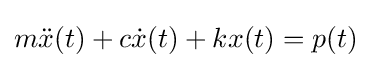
m{\ddot {x}}(t)+c{\dot {x}}(t)+kx(t)=p(t)